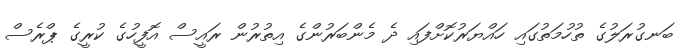
ބަނގުރަލުގެ ތުހުމަތުގައި ހައްޔަރުކޮށްފައި ދެ މެންބަރުންގެ އިތުރުން ރައީސް އޮފީހުގެ ކުރީގެ ޕްރެސް